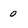
Character: 0